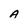
Character: A